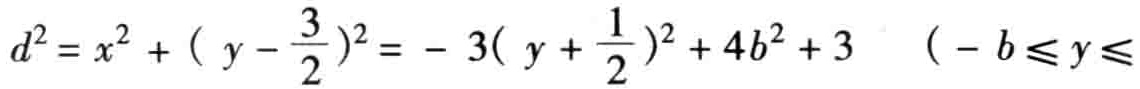
\[d^{2}=x^{2}+(y - \frac{3}{2})^{2}=-3(y+\frac{1}{2})^{2}+4b^{2}+3\quad(-b\leqslant y\leqslant\]